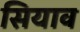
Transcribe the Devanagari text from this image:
सियाव